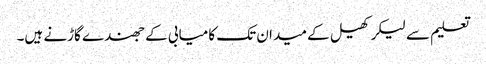
تعلیم سے لیکر کھیل کے میدان تک کامیابی کے جھندے گاڑنے ہیں۔